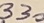
Text: 330